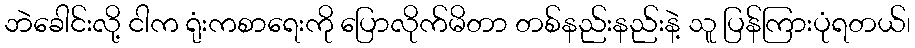
ဘဲခေါင်းလို့ ငါက ရုံးကစာရေးကို ပြောလိုက်မိတာ တစ်နည်းနည်းနဲ့ သူ ပြန်ကြားပုံရတယ်၊